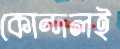
কোন্দলই